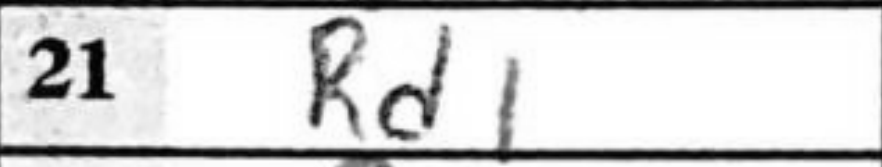
Transcription: Rd1